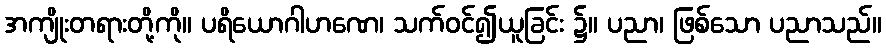
အကျိုးတရားတို့ကို။ ပရိယောဂါဟဏေ၊ သက်ဝင်၍ယူခြင်း ၌။ ပညာ၊ ဖြစ်သော ပညာသည်။